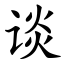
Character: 谈